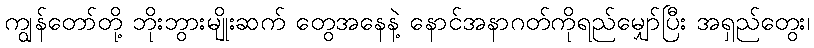
ကျွန်တော်တို့ ဘိုးဘွားမျိုးဆက် တွေအနေနဲ့ နောင်အနာဂတ်ကိုရည်မျှော်ပြီး အရှည်တွေး၊